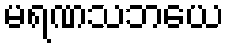
မရဏသဘယေ